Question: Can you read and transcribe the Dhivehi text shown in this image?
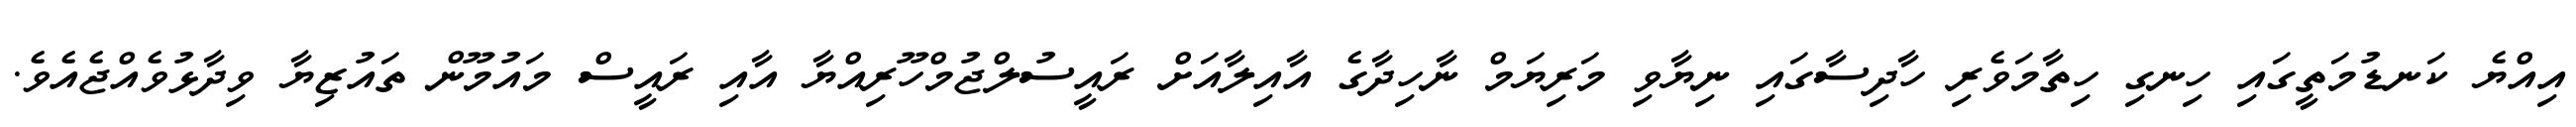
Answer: އިއްޔެ ކަނޑުމަތީގައި ހިނގި ހިތާމަވެރި ހާދިސާގައި ނިޔާވި މަރިޔަމް ނާހިދާގެ އާއިލާއަށް ރައީސުލްޖުމްހޫރިއްޔާ އާއި ރައީސް މައުމޫން ތައުޒިޔާ ވިދާޅުވެއްޖެއެވެ.